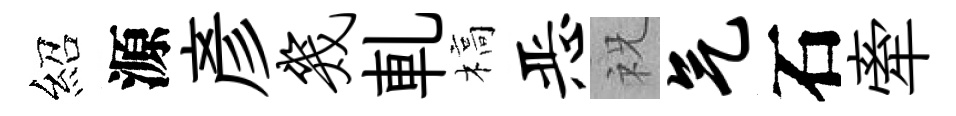
紹源彥几軋槁恶祝气石牽